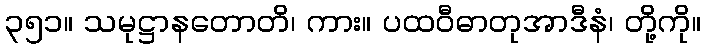
၃၅၁။ သမုဋ္ဌာနတောတိ၊ ကား။ ပထဝီဓာတုအာဒီနံ၊ တို့ကို။